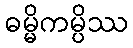
ဓမ္မိကမ္ပိဿ